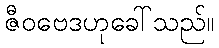
ဇီဝဗေဒဟုခေါ်သည်။